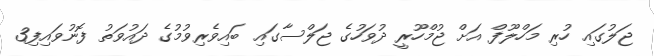
ޖަލުގައި ހުރި މަހްލޫފް އަށް ޖުމްހޫރީ ދުވަހުގެ ޖަލްސާގައި ބައިވެރިވުމުގެ ދައުވަތު ފޮނުވައިފި3